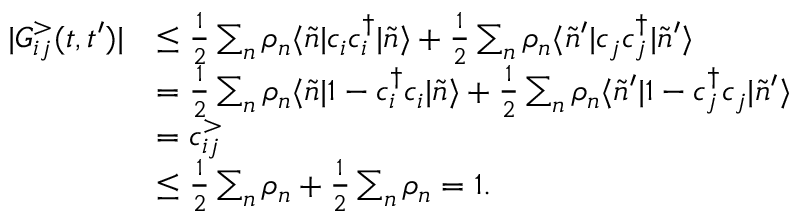
\begin{array} { r l } { | G _ { i j } ^ { > } ( t , t ^ { \prime } ) | } & { \leq \frac { 1 } { 2 } \sum _ { n } \rho _ { n } \langle \Tilde { n } | c _ { i } c _ { i } ^ { \dagger } | \Tilde { n } \rangle + \frac { 1 } { 2 } \sum _ { n } \rho _ { n } \langle \Tilde { n } ^ { \prime } | c _ { j } c _ { j } ^ { \dagger } | \Tilde { n } ^ { \prime } \rangle } \\ & { = \frac { 1 } { 2 } \sum _ { n } \rho _ { n } \langle \Tilde { n } | 1 - c _ { i } ^ { \dagger } c _ { i } | \Tilde { n } \rangle + \frac { 1 } { 2 } \sum _ { n } \rho _ { n } \langle \Tilde { n } ^ { \prime } | 1 - c _ { j } ^ { \dagger } c _ { j } | \Tilde { n } ^ { \prime } \rangle } \\ & { = c _ { i j } ^ { > } } \\ & { \leq \frac { 1 } { 2 } \sum _ { n } \rho _ { n } + \frac { 1 } { 2 } \sum _ { n } \rho _ { n } = 1 . } \end{array}